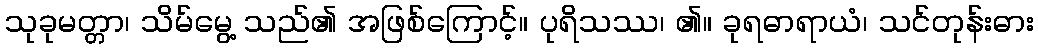
သုခုမတ္တာ၊ သိမ်မွေ့ သည်၏ အဖြစ်ကြောင့်။ ပုရိသဿ၊ ၏။ ခုရဓာရာယံ၊ သင်တုန်းဓား